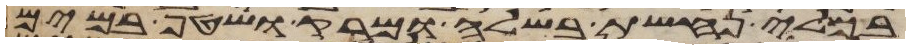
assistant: בכלי נחשת בשלה ומרק ושטף במים